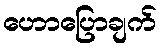
ဟောပြောချက်